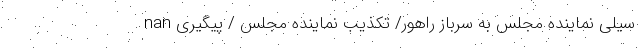
nan سیلی نماینده مجلس به سرباز راهور/ تکذیب نماینده مجلس / پیگیری